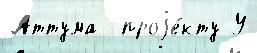
Аттума  проjе́кту У